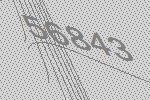
56843